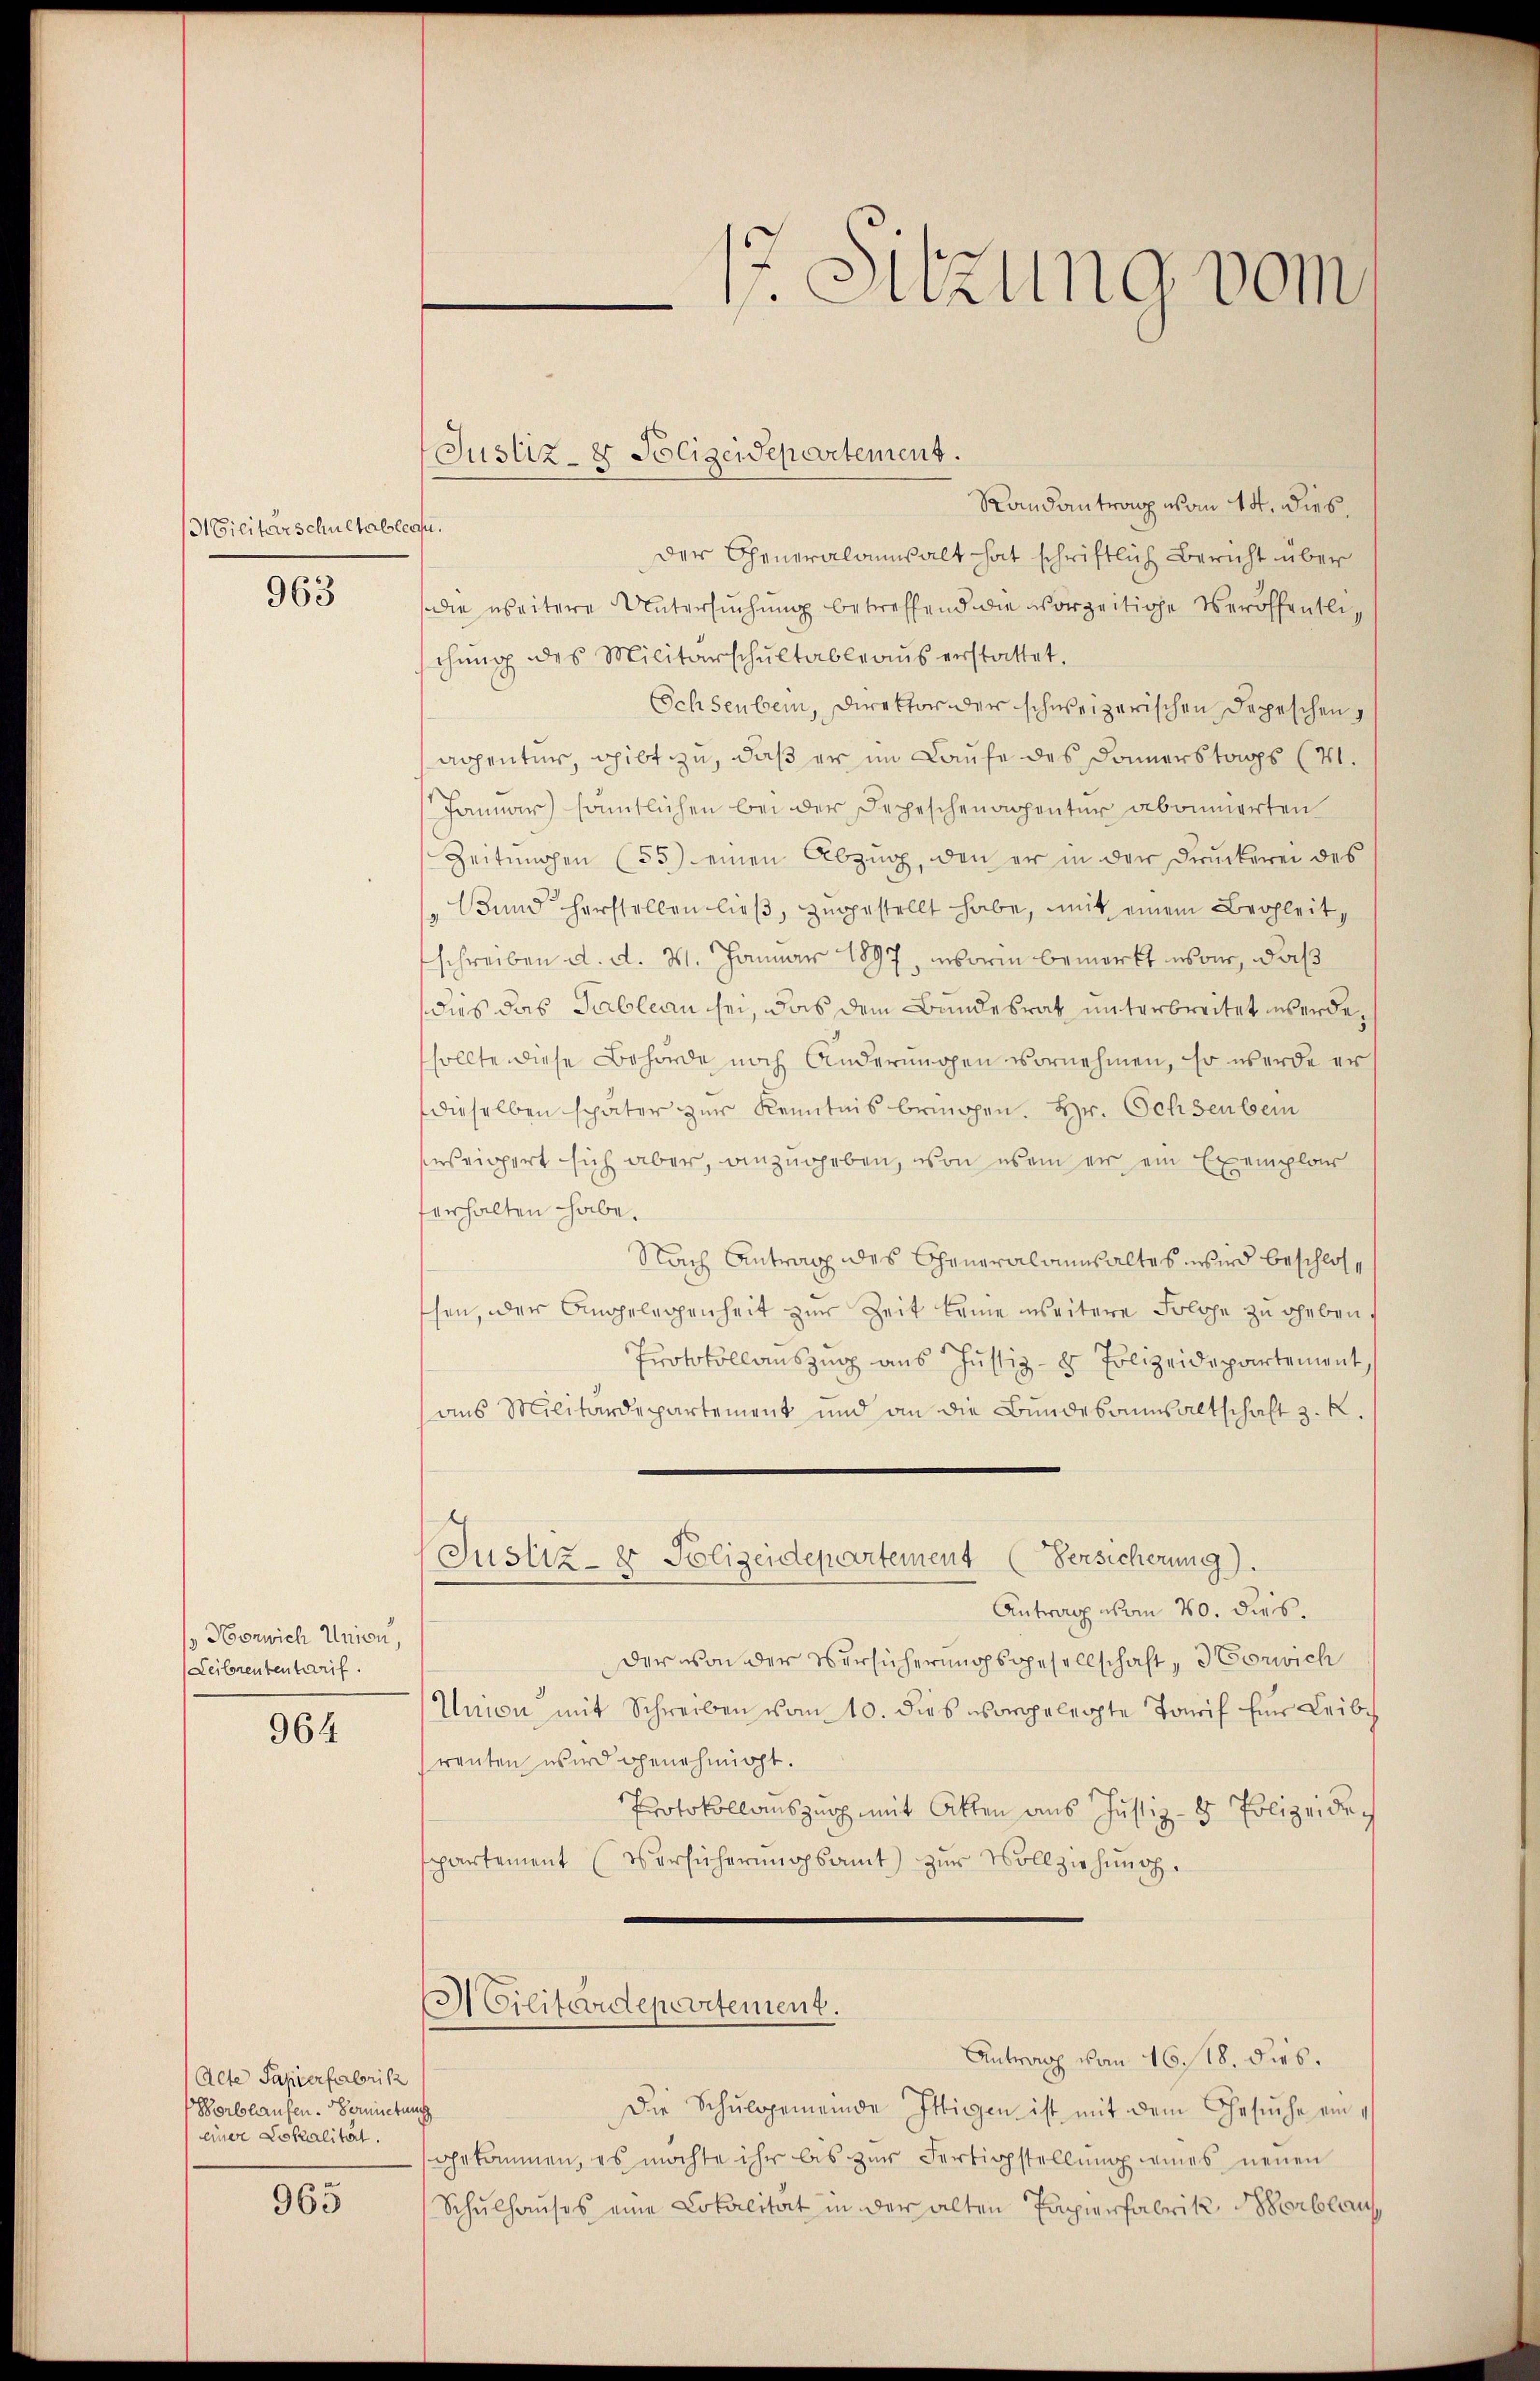
(Gilitärschultableau.

963

Horwich Union,
Leibrententarif.

964

Alte Papierfabrik
Sorlshaufen. Vermietung
einer Lokalität.

965

Randantrag vom 14. dies.
Der Generalanwalt hat schriftlich Bericht über
die weitere Untersuchung betreffend die vorzeitige Veröffentlischŭng des Militärschŭltableaŭs erstattet.
Schsenbein, Direktor der schweizerischen Depeschen
appentur, gibt zu, daß er im Laufe des Donnerstags (4.
Januar) sämtlichen bei der Depeschenagentur abonnierten
Zeitungen (55) einen Abzug, den er in der Druckerei des
Bund herstellen ließ, zugestellt habe, mit einem Begleitschreiben d. d. M. Januar 1897, worin bemerkt war, daß
dies das Tableau sei, das dem Bundesrath unterbreitet werde,
sollte diese Behörde noch Änderungen vornehmen, so werde er
dieselben später zur Kenntnis bringen. Hr. Ochsenbein
enseigert sich aber, anzugeben, von es ein er ein Exemplars
ferhalten habe.
Nach Antrag des Cheneralannhaltes wird beschlosschen, der Angelegenheit zur Zeit keine weitere Solche zu geben,
Protokollauszug aus Justiz- & Polizeidepartement,
aus Militärdepartement und an die Bundesausaltschaft z. K.
(Justiz- & Polizeidepartement (Versicherung).
Antrag vom 20. dies
der von der Versicherungsgesellschaft, Horwich
Union mit Schreiben vom 10. dies vorgelegte Tonif für Leibch
reuten wird genehmigt.
Protokollauszug mit Akten aus Justiz- & Polizei doch
spartement (Versücherŭngsamt zŭr Vollziehŭng.
Cilitärdepartement.
Antrag vom 16./18. dies.
Die Schulgemeinde Ittigen ist mit dem Gesuche eingekommen, es möchte ihr bis zŭr Fertigstellŭng eines neuen
Schulhauses eine Lokalität in der alten Papierfabrik Horblauf

Justiz- & Polizeidepartement.

12. Sitzung vom